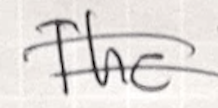
Text: The
Cross-out: mix
Writing tool: ballpoint